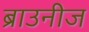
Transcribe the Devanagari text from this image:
ब्राउनीज